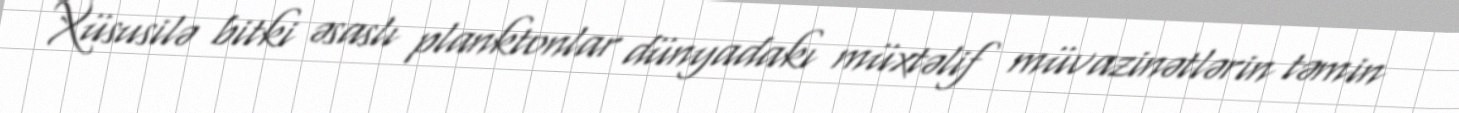
Xüsusilə bitki əsaslı planktonlar dünyadakı müxtəlif müvazinətlərin təmin